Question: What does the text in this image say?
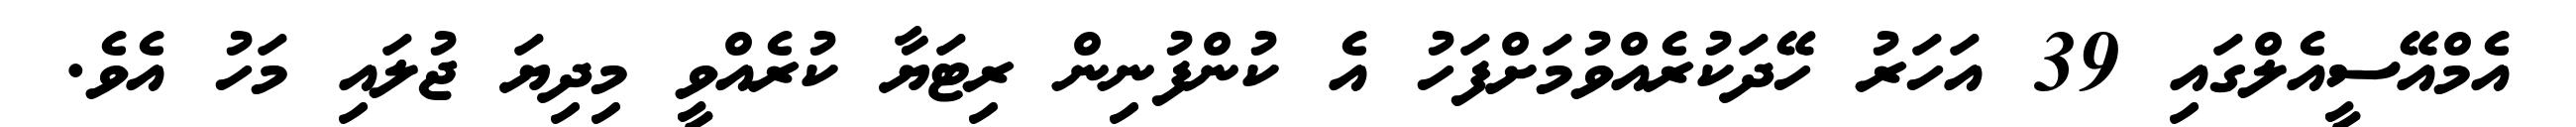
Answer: އެމްއޭސީއެލްގައި 39 އަހަރު ހޭދަކުރެއްވުމަށްފަހު އެ ކުންފުނިން ރިޓަޔާ ކުރެއްވީ މިދިޔަ ޖުލައި މަހު އެވެ.